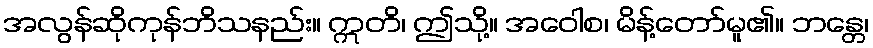
အလွန်ဆိုကုန်ဘိသနည်း။ ဣတိ၊ ဤသို့။ အဝေါစ၊ မိန့်တော်မူ၏။ ဘန္တေ၊